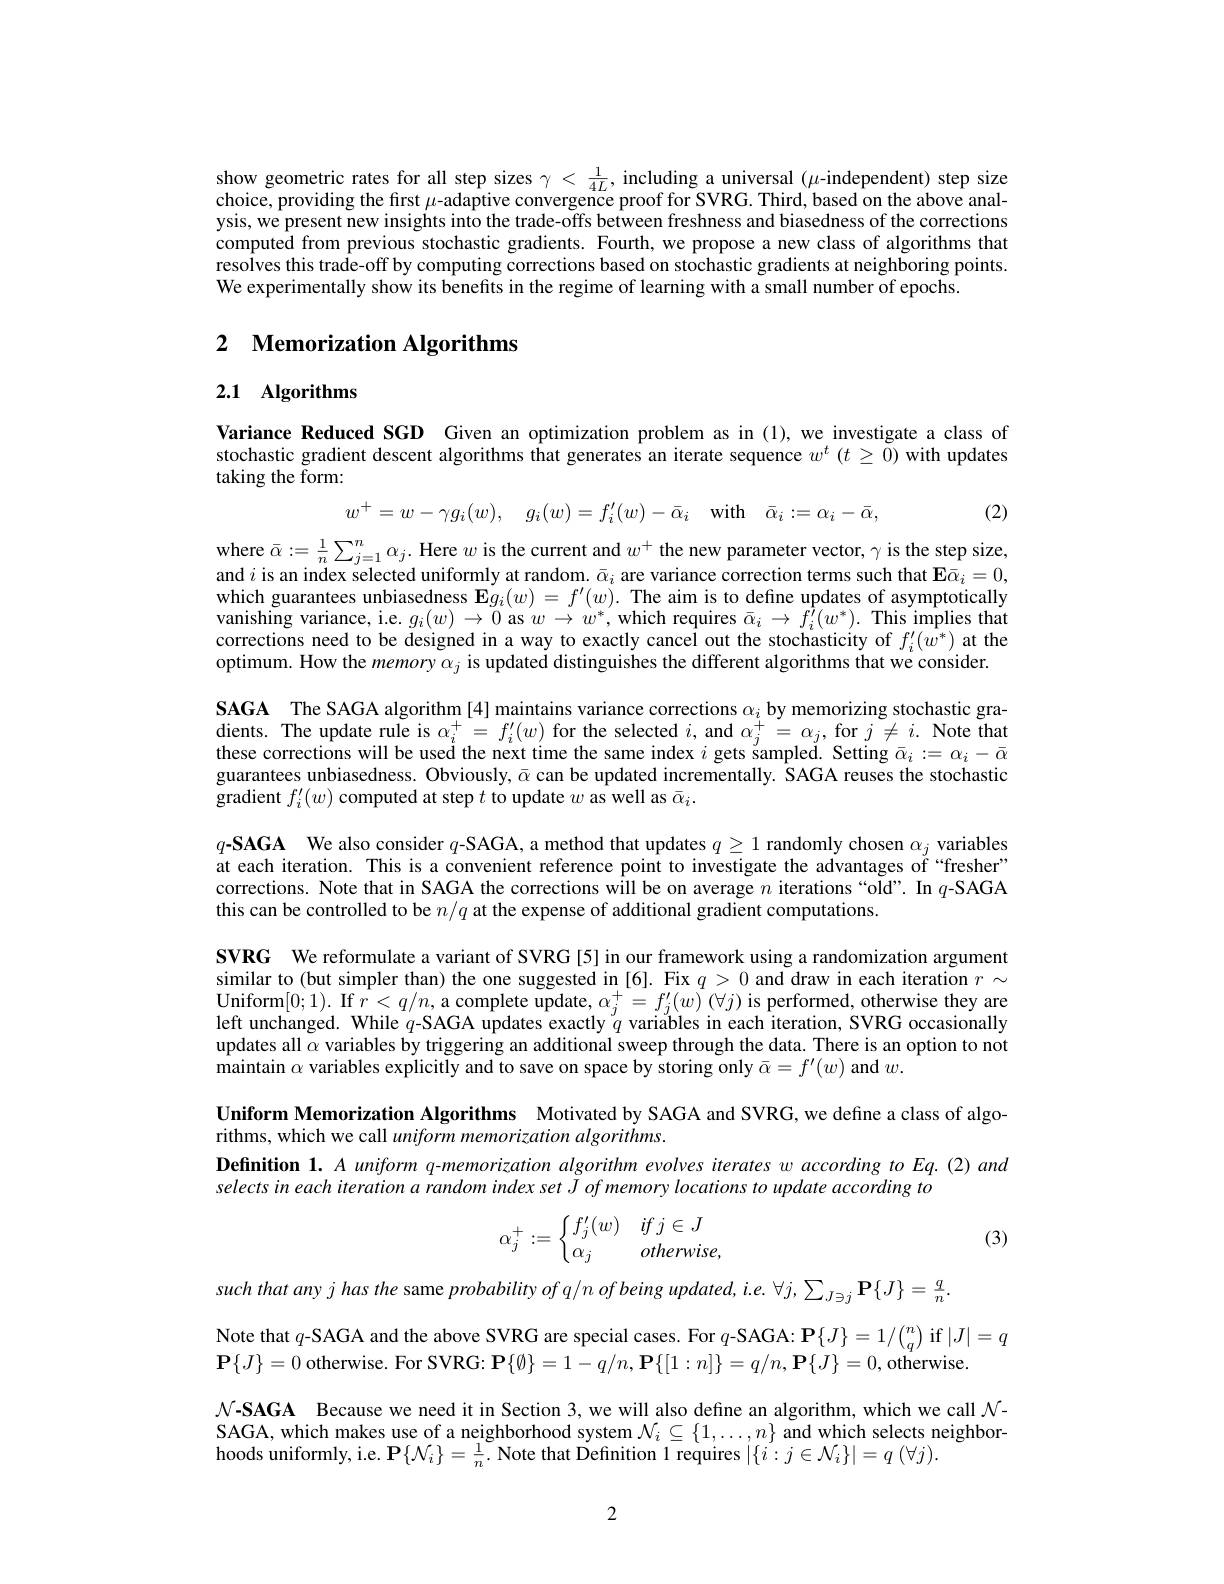
show geometric rates for all step sizes $\gamma<\frac1{4L}$, including a universal $(\mu$-independent) step size choice, providing the first $\mu$-adaptive convergence proof for SVRG. Third, based on the above analysis, we present new insights into the trade-offs between freshness and biasedness of the corrections computed from previous stochastic gradients. Fourth, we propose a new class of algorithms that resolves this trade-off by computing corrections based on stochastic gradients at neighboring points. We experimentally show its benefits in the regime of learning with a small number of epochs

## 2 $\textbf{Memorization Algorithms}$

# 2.1 Algorithms

Variance Reduced SGD Given an optimization problem as in (1), we investigate a class of stochastic gradient descent algorithms that generates an iterate sequence $w^t\left(t\geq\tilde{0}\right)$ with updates taking the form:
$$w^{+}=w-\gamma g_{i}(w),\quad g_{i}(w)=f_{i}^{\prime}(w)-\bar{\alpha}_{i}\quad\mathrm{with}\quad\bar{\alpha}_{i}:=\alpha_{i}-\bar{\alpha},$$
(2)

where $\bar{\alpha}:=\frac1n\sum_{j=1}^n\alpha_j.$ Here $w$ is the current and $w^+$ the new parameter vector, $\gamma$ is the step size, and $i$ is an index selected uniformly at random. $\bar{\alpha}_i$ are variance correction terms such that E$\bar{\alpha}_i=0$, which guarantees unbiasedness $\mathbf{E}g_i(w)=f^{\prime}(w).$ The aim is to define updates of asymptotically vanishing variance, i.e. $g_i(w)\to0$ as $w\to w^*$, which requires $\bar{\alpha}_i\to f_i^{\prime}(w^*).$ This implies that corrections need to be designed in a way to exactly cancel out the stochasticity of $f_i^{\prime}(w^*)$ at the optimum. How the memory $\alpha_j$ is updated distinguishes the different algorithms that we consider.

$\mathbf{SAGA}$ The SAGA algorithm [4] maintains variance corrections $\alpha_i$ by memorizing stochastic gra- Thents. The update rule is $\alpha_i^+=f_i^{\prime}(w)$ for the selected $i$, and $\alpha_j^+=\alpha_j$, for $j\neq i.$ Note that

these corrections will be used the next time the same index $i$ gets sampled. Setting $\bar{\alpha}_i:=\alpha_i-\bar{\alpha}$

guarantees unbiasedness. Obviously, $\bar{\alpha}$ can be updated incrementally. SAGA reuses the stochastic

gradient $f_i^{\prime}(w)$ computed at step $t$ to update $w$ as well as $\bar{\alpha}_i.$

$q\mathbf{- SAGA}$ We also consider $q$-SAGA, a method that updates $q\geq1$ randomly chosen $\alpha_j$ variables

at each iteration. This is a convenient reference point to investigate the advantages of “fresher”

corrections. Note that in SAGA the corrections will be on average $n$ iterations “old”. In $q$-SAGA

this can be controlled to be $n/q$ at the expense of additional gradient computations.

SVRG We reformulate a variant of SVRG[5] in our framework using a randomization argument

$\begin{array}{l}{\text{similar to (but simpler than) the one suggested in[6]. Fix }q>0\text{ and draw in each iteration }r\sim}\\{\text{Uniform[0;1). If }r<q/n,\text{a complete update, }\alpha_{j}^{+}=f_{j}^{\prime}(w)\left(\forall j\right)\text{is performed, otherwise they are}}\end{array}$

left unchanged. While $q$-SAGA updates exactly $q$ variables in each iteration, SVRG occasionally

updates all $\alpha$ variables by triggering an additional sweep through the data. There is an option to not

maintain $\alpha$ variables explicitly and to save on space by storing only $\bar{\alpha}=f^\prime(w)$ and $w.$

Uniform Memorization Algorithms Motivated by SAGA and SVRG, we define a class of algo-
rithms, which we call uniform memorization algorithms.
Definition 1. A uniform q-memorization algorithm evolves iterates w according to Eq.(2) and
selects in each iteration a random index set J of memory locations to update according to
$$\alpha_j^+:=\left\{\begin{matrix}f_j'(w)&if\:j\in J\\\alpha_j&otherwise,\end{matrix}\right.$$
(3)

such that any $j$ has the same probability of $q/n$ of being updated, i.e. $\forall j,\sum_J\ni j\mathbf{P}\{J\}=\frac qn.$
Note that $q$-SAGA and the above SVRG are special cases. For $q$-SAGA: P$\{J\}=1/\binom nq$ if $|J|=q$
$\mathbf{P}\{J\}=0$ otherwise. For SVRG: $\mathbf{P}\{\emptyset\}=1-q/n,\mathbf{P}\{[1:n]\}=q/n,\mathbf{P}\{J\}=0$, otherwise
$\mathcal{N} - \mathbf{SAGA}$ Because we need it in Section 3, we will also defne an algorithm, which we call $\mathcal{N} - \mathbf{SAGA}$ Because we neeed it in Section 3, we will also define an algorithm, which we call $\mathcal{N} - \mathbf{SAGA}$ Because we need it in Section 3, we will also defi SAGA, which makes use of a neighborhood system $\mathcal{N}_i\subseteq\{1,\ldots,n\}$ and which selects neighborhoods uniformly,  i. e.  P$\{ \mathcal{N} _{i}\} = \frac 1n.$ Note that Definition 1 requires $| \{ i: j\in \mathcal{N} _{i}\} | = q$ $( \forall j) .$

2